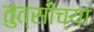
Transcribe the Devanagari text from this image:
तुत्‍सींच्‍या